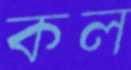
কল